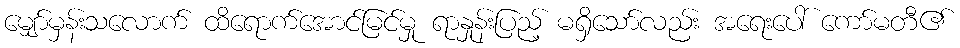
မျှော်မှန်းသလောက် ထိရောက်အောင်မြင်မှု ရာနှုန်းပြည့် မရှိသော်လည်း အရေးပေါ် ကော်မတီ၏